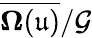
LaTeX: \overline{{\mathbf{\Omega}(\mathfrak{u})}}/\mathcal{G}